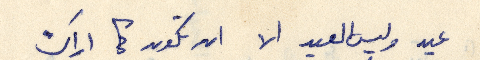
عيد وليس العيد الا ان تكون كما اراك